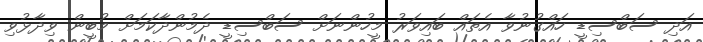
އަދި ސަބްސިޑީ ހައްގުނުވާ އެތައް ބައިވަރު މީހުންނަށް ސަބްސިޑީ ދެމުންދާކަަމަށް މުބީން ވިދާޅުވި